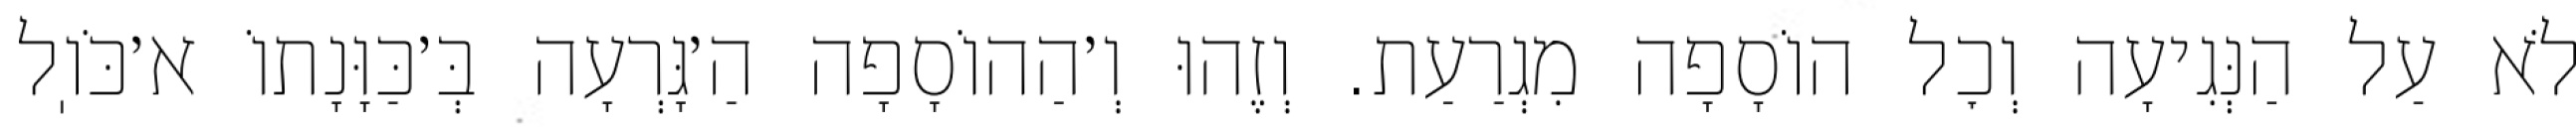
לֹא עַל הַנְּגִיעָה וְכׇל הוֹסָפָה מִגְרַעַת. וְזֶהוּ וְ׳הַהוֹסָפָה הַ׳גָּרְעָה בְּ׳כַּוָּנָתוֹ א׳כֹּוֽל